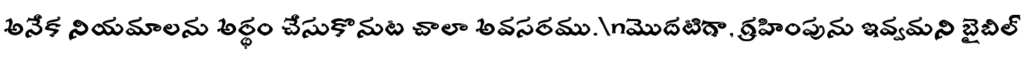
అనేక నియమాలను అర్థం చేసుకొనుట చాలా అవసరము.\nమొదటిగా, గ్రహింపును ఇవ్వమని బైబిల్